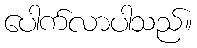
ပေါက်လာပါသည်။